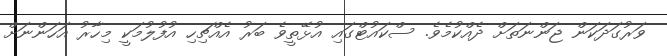
ވަރުގަދަކަން ޖަންނަތަށް ދެެއްކުމެވެ. ސްކައުޓްގައި އުޅޭތީވެ ބަރު އެއްޗިހި އުފުލުމަކީ މިހާރު އަހަންނަށް